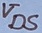
Text: VDS